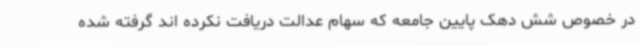
در خصوص شش دهک پایین جامعه که سهام عدالت دریافت نکرده اند گرفته شده